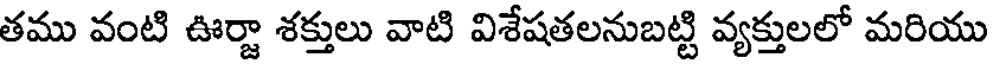
తము వంటి ఊర్జా శక్తులు వాటి విశేషతలనుబట్టి వ్యక్తులలో మరియు